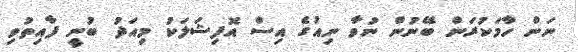
ނަން ހާމަކުރަން ބޭނުން ނުވާ ނިއުގެ އިސް އޮފިޝަލަކު މިއަދު ބުނީ ފާއިތުވި